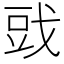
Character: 𰒪